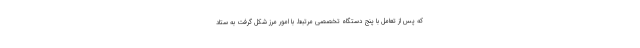
که پس از تعامل با پنج دستگاه تخصصی مرتبط با امور مرز شکل گرفت به ستاد